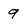
Character: 9